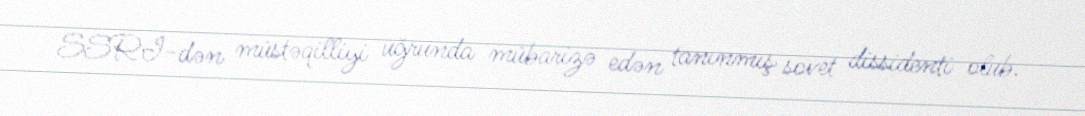
SSRİ-dən müstəqilliyi uğrunda mübarizə edən tanınmış sovet dissidenti olub.